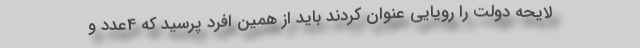
لایحه دولت را رویایی عنوان کردند باید از همین افرد پرسید که 4عدد و